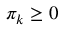
\pi _ { k } \ge 0